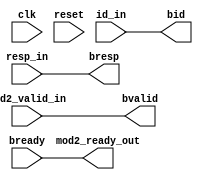

// ************************************************************************************************
//
// PROJECT      :   <project name where applicable>
// PRODUCT      :   <product name where applicable>
// FILE         :   <File Name/Module Name>
// DESCRIPTION  :   <at least a short description about the module/file>
//                  Where does this file get inputs and send outputs?
//                  What does the guts of this file accomplish, and how does it do it?
//                  What module(s) does this file instantiate?
//
// ************************************************************************************************
//
// REVISIONS:
//
//	Date			Developer	Description
//	----			---------	-----------
//  29 Feb 2012		user123     bug fix - <jira issue id>
//  31 Oct 2007		userxyz		added xyz functionality - <jira issue id>
//  ...              ...         ...
//  ...              ...         ...
//
//**************************************************************************************************

`timescale 1ns / 1ps

module data_resp
    (
      clk,
      reset,
      bid,
      bresp,
      bvalid,
      bready,
      id_in,
      resp_in,
      mod2_valid_in,
      mod2_ready_out

    );

//---------------------------------------------------------------------------------------------------------------------
// Global constant headers
//---------------------------------------------------------------------------------------------------------------------
    //`include "../sim/param.v"
    parameter ADD_ID_WIDTH = 4;
    parameter ADD_WIDTH = 32;
    parameter BURST_LEN = 8;
    parameter BURST_SIZE = 3;
    parameter DATA_WIDTH = 1024;
    parameter BURST_TYPE = 2;
    parameter MAX_BYTE_SIZE = 128;
    parameter MAX_BIT_SIZE = 1024;
//---------------------------------------------------------------------------------------------------------------------
// parameter definitions
//---------------------------------------------------------------------------------------------------------------------


//---------------------------------------------------------------------------------------------------------------------
// localparam definitions
//---------------------------------------------------------------------------------------------------------------------


//---------------------------------------------------------------------------------------------------------------------
// I/O signals
//---------------------------------------------------------------------------------------------------------------------
    input clk;
    input reset;

    output [ADD_ID_WIDTH-1:0]bid;
    input[ADD_ID_WIDTH-1:0]id_in;

    output [1:0] bresp;
    input [1:0] resp_in;

    output bvalid;
    input mod2_valid_in;

    input bready;
    output mod2_ready_out;



//---------------------------------------------------------------------------------------------------------------------
// Internal wires and registers
//---------------------------------------------------------------------------------------------------------------------


//---------------------------------------------------------------------------------------------------------------------
// Implementation
//---------------------------------------------------------------------------------------------------------------------

assign bid = id_in;
assign bresp = resp_in;
assign bvalid = mod2_valid_in;
assign mod2_ready_out=bready;






endmodule